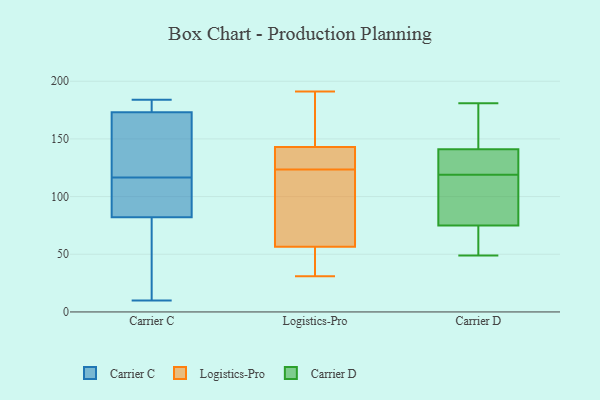
{"axis": {"x": "Temperature (°C)", "y": "Value"}, "legend": ["Carrier C", "Carrier D", "Logistics-Pro"], "data": [{"x": "", "y": 10, "type": "Carrier C"}, {"x": "", "y": 174, "type": "Carrier C"}, {"x": "", "y": 82, "type": "Carrier C"}, {"x": "", "y": 165, "type": "Carrier C"}, {"x": "", "y": 173, "type": "Carrier C"}, {"x": "", "y": 27, "type": "Carrier C"}, {"x": "", "y": 184, "type": "Carrier C"}, {"x": "", "y": 115, "type": "Carrier C"}, {"x": "", "y": 118, "type": "Carrier C"}, {"x": "", "y": 85, "type": "Carrier C"}, {"x": "", "y": 62, "type": "Logistics-Pro"}, {"x": "", "y": 51, "type": "Logistics-Pro"}, {"x": "", "y": 32, "type": "Logistics-Pro"}, {"x": "", "y": 122, "type": "Logistics-Pro"}, {"x": "", "y": 164, "type": "Logistics-Pro"}, {"x": "", "y": 125, "type": "Logistics-Pro"}, {"x": "", "y": 31, "type": "Logistics-Pro"}, {"x": "", "y": 191, "type": "Logistics-Pro"}, {"x": "", "y": 132, "type": "Logistics-Pro"}, {"x": "", "y": 150, "type": "Logistics-Pro"}, {"x": "", "y": 136, "type": "Logistics-Pro"}, {"x": "", "y": 74, "type": "Logistics-Pro"}, {"x": "", "y": 141, "type": "Carrier D"}, {"x": "", "y": 49, "type": "Carrier D"}, {"x": "", "y": 130, "type": "Carrier D"}, {"x": "", "y": 84, "type": "Carrier D"}, {"x": "", "y": 125, "type": "Carrier D"}, {"x": "", "y": 75, "type": "Carrier D"}, {"x": "", "y": 163, "type": "Carrier D"}, {"x": "", "y": 50, "type": "Carrier D"}, {"x": "", "y": 181, "type": "Carrier D"}, {"x": "", "y": 113, "type": "Carrier D"}]}